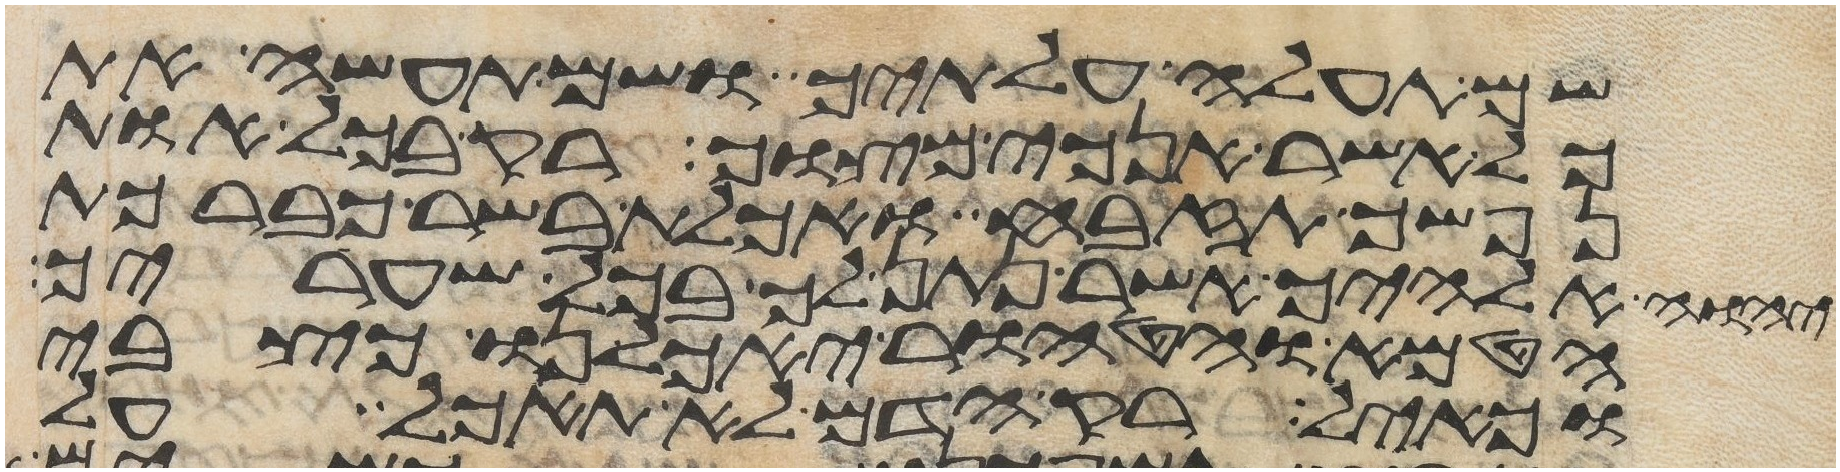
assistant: תעלה עלתיך ושם תעשה את
כל אשר אנכי מצוך רק בכל אות
נפשך תזבח ואכלת בשר כברכת
יהוה אלהיך אשר נתן לך בכל שעריך
הטמא והטהור יאכלנו כצבי
וכאיל רק הדם לא תאכל על